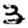
Digit: 3